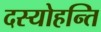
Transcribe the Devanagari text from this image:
दस्योहन्ति